Annual report of the Punjab Veterinary College and of the Civil Veterinary Department, Punjab - 1894-1908
Year: 1894
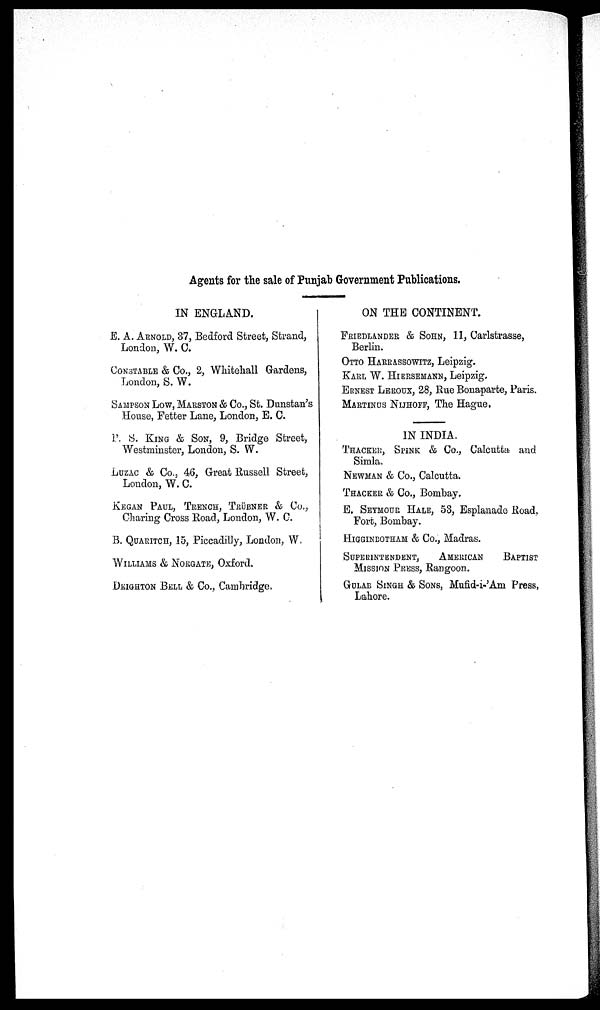
Agents for the sale of Punjab Government Publications.
IN ENGLAND.
E. A. ARNOLD, 37, Bedford Street, Strand,
London, W. 0.
CONSTABLE & Co., 2, Whitehall Gardens,
London, S. W.
SAMPSON LOW, MARSTON & Co., St. Dunstan's
House, Fetter Lane, London, E. C.
P. S. KING & SON, 9, Bridge Street,
Westminster, London, S. W.
LUZAC & Co., 46, Great Russell Street,
London, W. C.
KEGAN PAUL, TRENCH, TRÜBNER & Co.,
Charing Cross Road, London, W. C.
B. QUARITCH, 15, Piccadilly, London, W.
WILLIAMS & NORGATE, Oxford,
DEIGHTON BELL & CO., Cambridge,
ON THE CONTINENT.
FRIEDLANDER & SOHN, 11, Carlstrasse,
Berlin.
OTTO HARRASSOWITZ, Leipzig.
KARL W. HIERSEMANN, Leipzig.
ERNEST LEROUX, 28, Rue Bonaparte, Paris.
MARTINUS NIJHOFF, The Hague.
IN INDIA.
THACKER, SPINK & Co., Calcutta and
Simla.
NEWMAN & Co., Calcutta.
THACKER & Co., Bombay.
E. SEYMOUR HALE, 53, Esplanade Road,
Fort, Bombay.
HIGGINBOTHAM & Co., Madras.
SUPERINTENDENT, AMERICAN BAPTIST
MISSION PRESS, Rangoon.
GULAB SINGH & SONS, Mufid-i-'Am Press,
Lahore.